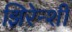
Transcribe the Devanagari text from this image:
झिरेन्शी